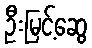
ဦးမြင့်ဆွေ